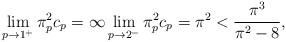
LaTeX: \begin{align*}\lim_{p \rightarrow 1^+}\pi_p^2 c_p = \infty \lim_{p \rightarrow 2^-}\pi_p^2 c_p=\pi^2< \frac{\pi^3}{\pi^2-8}, \end{align*}